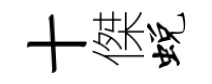
十傑蜕